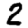
Digit: 2